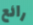
رائع